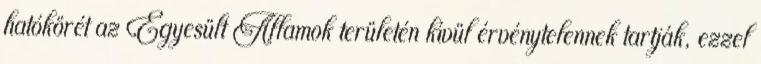
hatókörét az Egyesült Államok területén kívül érvénytelennek tartják, ezzel